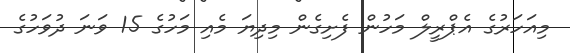
މިއަހަރުގެ އެޕްރީލް މަހުން ފެށިގެން މިދިޔަ މެއި މަހުގެ 15 ވަނަ ދުވަހުގެ